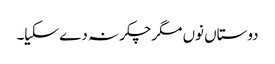
دوستاں نوں مگرچکر نہ دے سکیا۔